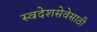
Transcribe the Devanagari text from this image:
स्वदेशसेवेसाठी